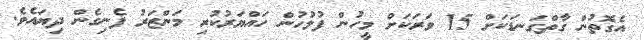
އެގޮތުން ގާތްގަނޑަކަށް 15 ވަރަކަށް މީހުން ފުލުހުން ހައްޔަރުކުރި މަންޒަރު ފެނިގެން ދިޔައެވެ.